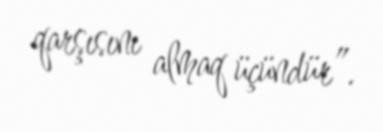
qarşısını almaq üçündür”.